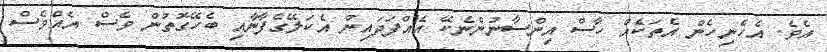
އެވެ. އެހެނިހެން އެތަކެއް ހާސް އިންސާނުންނެކޭ އެއްފަދައިން އެކަލޭގެފާނާއި ބެހޭގޮތުން ވެސް އެއްވެސް